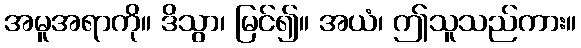
အမူအရာကို။ ဒိသွာ၊ မြင်၍။ အယံ၊ ဤသူသည်ကား။